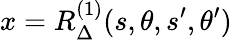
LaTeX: x=R_{\Delta}^{(1)}(s,\theta,s^{\prime},\theta^{\prime})